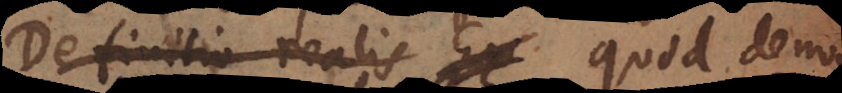
Definitio realis Ex quod ex